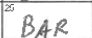
Transcription: BAR